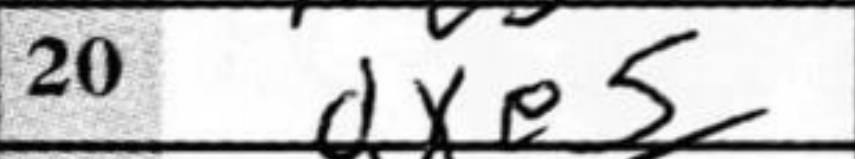
Transcription: dxe5